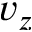
v _ { z }